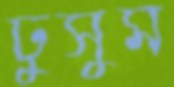
ঢুসুম